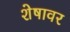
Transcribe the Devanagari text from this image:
शेषावर